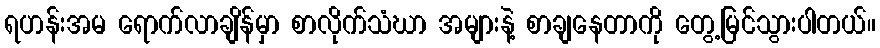
ရဟန်းအမ ရောက်လာချိန်မှာ စာလိုက်သံဃာ အများနဲ့ စာချနေတာကို တွေ့မြင်သွားပါတယ်။